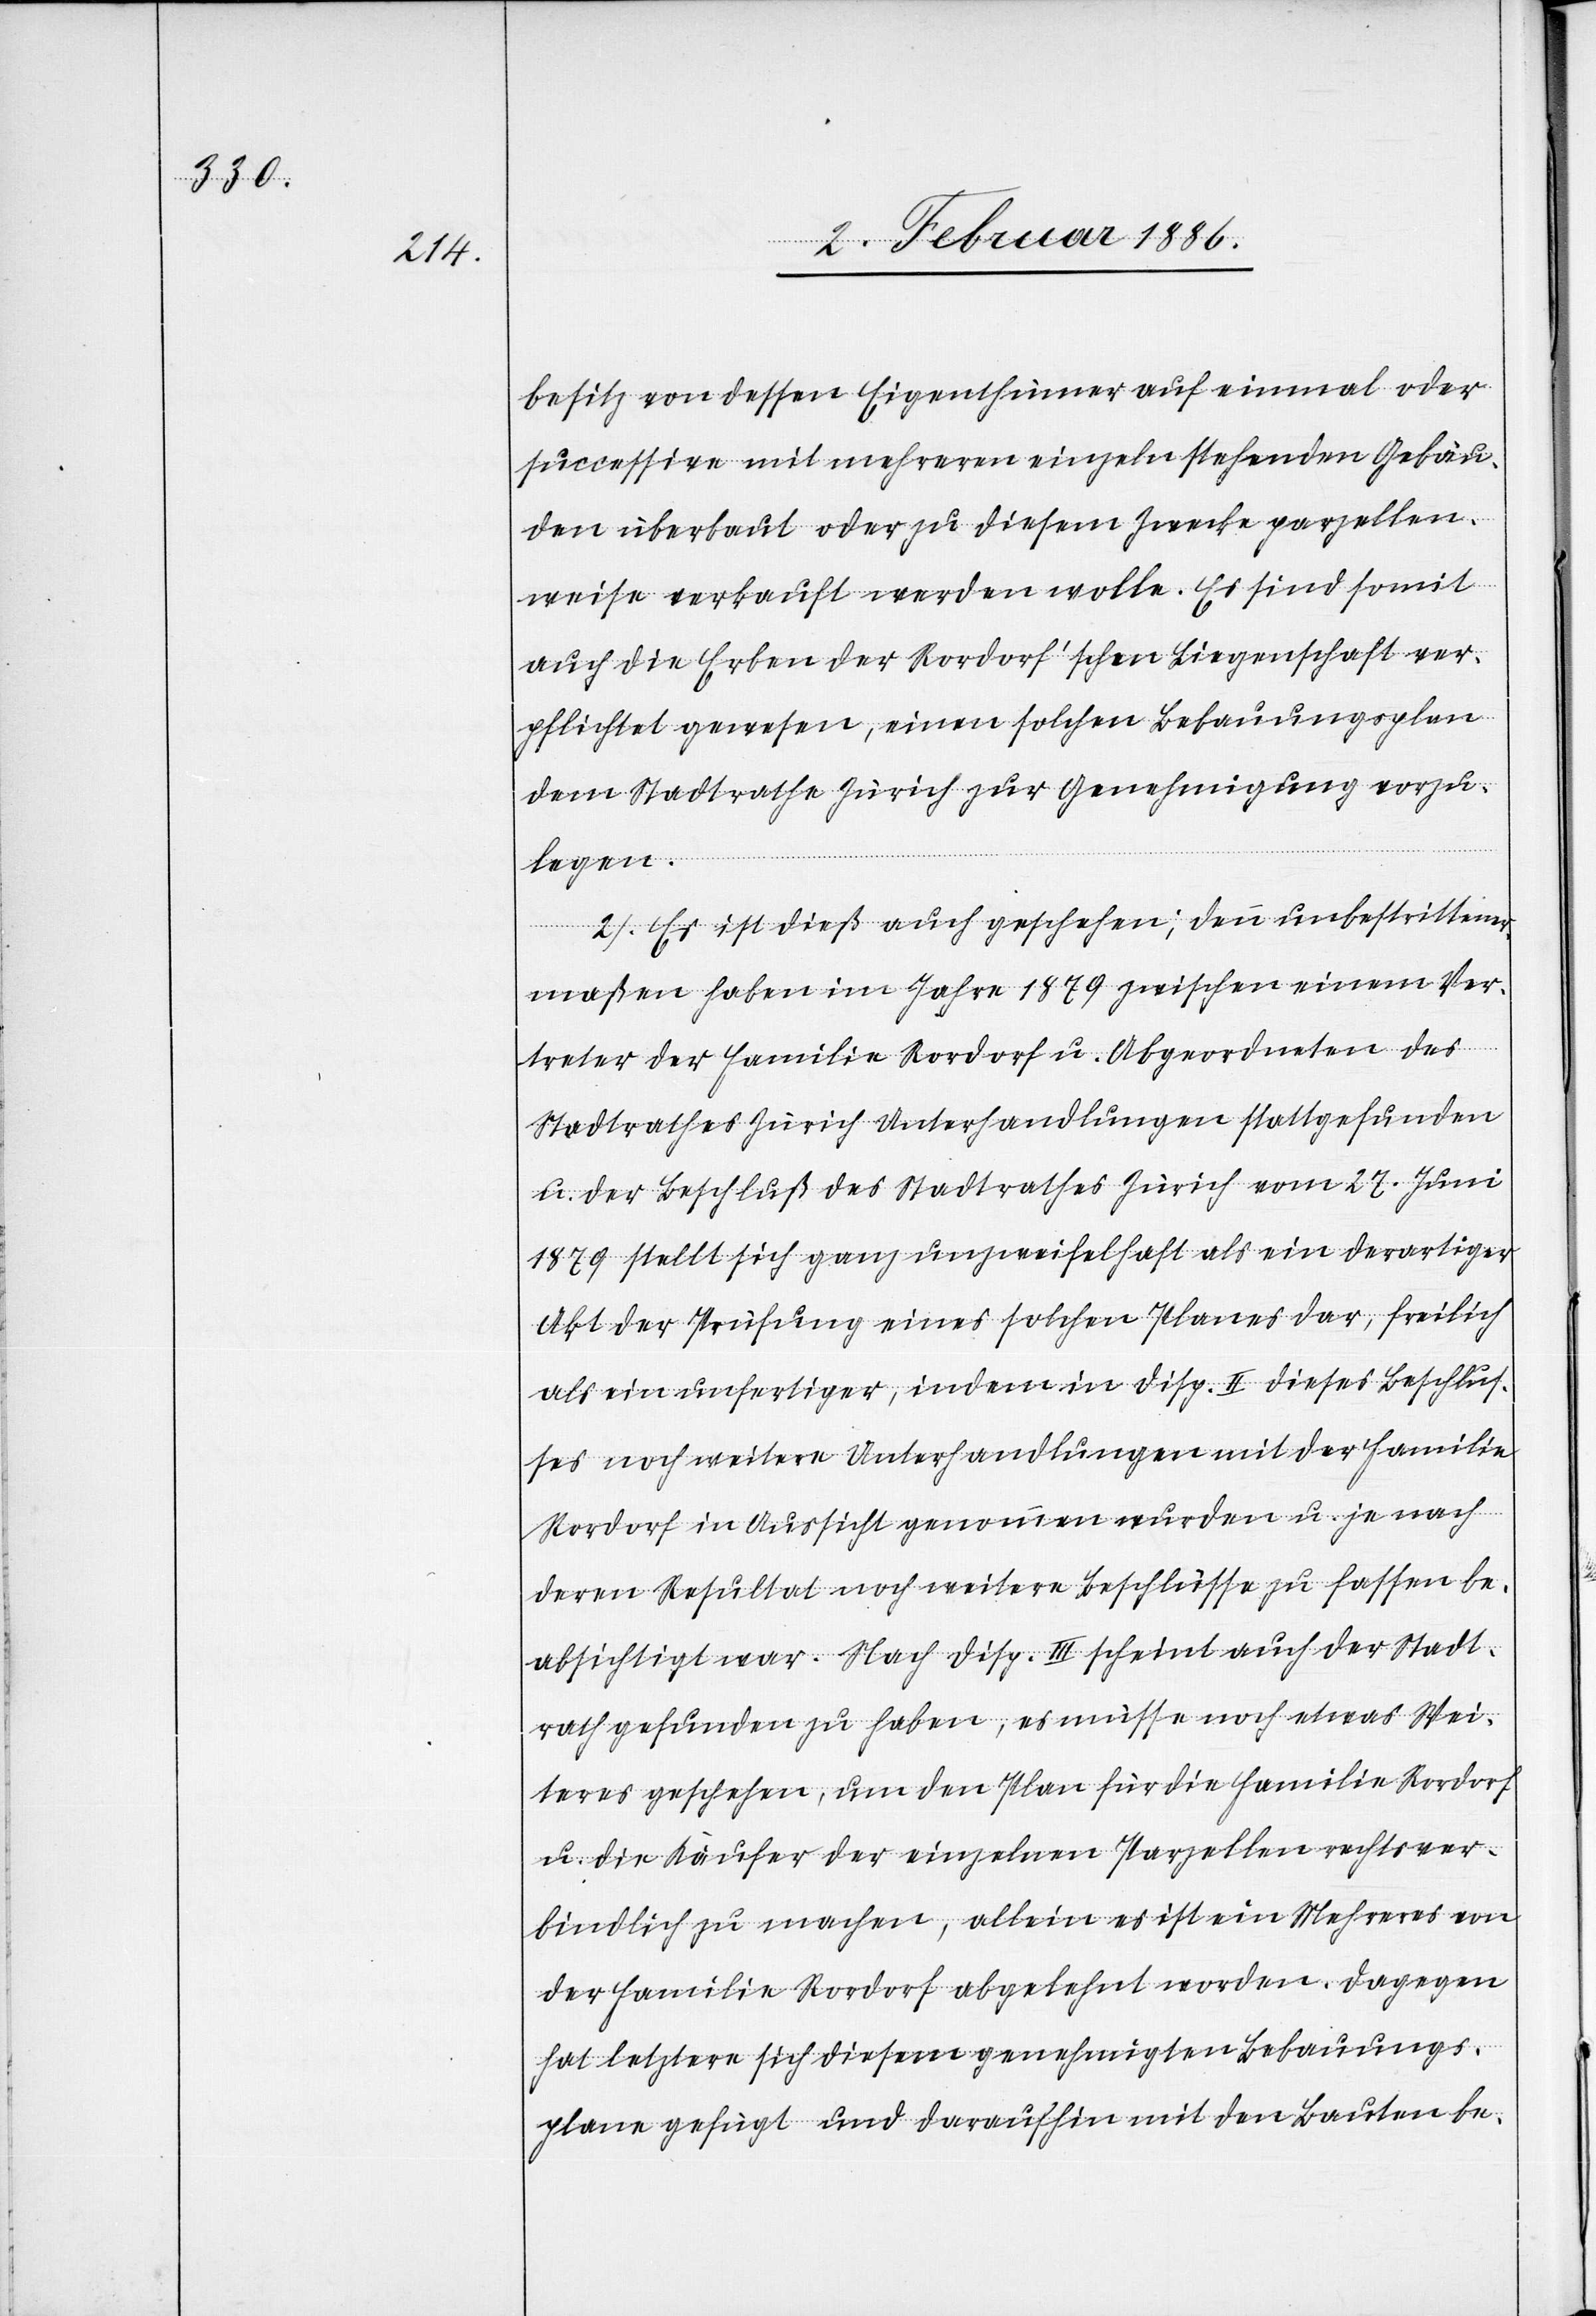
besitz von dessen Eigenthümer auf einmal oder
successive mit mehreren einzeln stehenden Gebäu¬
den überbaut oder zu diesem Zwecke parzellen¬
weise verkauft werden wolle. Es sind somit
auch die Erben der Rordorf’schen Liegenschaft ver¬
pflichtet gewesen, einen solchen Bebauungsplan
dem Stadtrathe Zürich zur Genehmigung vorzu¬
legen.
2. Es ist dieß auch geschehen; denn unbestrittener¬
maßen haben im Jahre 1879 zwischen einem Ver¬
treter der Familie Rordorf u. Abgeordneten des
Stadtrathes Zürich Unterhandlungen stattgefunden
u. der Beschluß des Stadtrathes Zürich vom 27. Juni
1879 stellt sich ganz unzweifelhaft als ein derartiger
Akt der Prüfung eines solchen Planes dar, freilich
als ein unfertiger, indem in Disp. II dieses Beschlus¬
ses noch weitere Unterhandlungen mit der Familie
Rordorf in Aussicht genommen wurden u. je nach
deren Resultat noch weitere Beschlüsse zu fassen be¬
absichtigt waren. Nach Disp. III scheint auch der Stadt¬
rath gefunden zu haben, es müsse noch etwas Wei¬
teres geschehen, um den Plan für die Familie Rordorf
u. die Käufer der einzelnen Parzellen rechtsver¬
bindlich zu machen, allein es ist ein Mehreres von
der Familie Rordorf abgelehnt worden. Dagegen
hat letztere sich diesem genehmigten Bebauungs¬
plane gefügt und daraufhin mit den Bauten be-